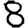
Digit: 8